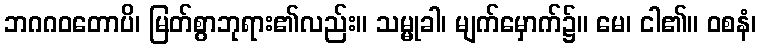
ဘဂဂဝတောပိ၊ မြတ်စွာဘုရား၏လည်း။ သမ္မုခါ၊ မျက်မှောက်၌။ မေ၊ ငါ၏။ ဝစနံ၊